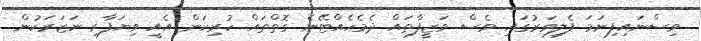
ވިސްނައިފިނަމަ ފެލިވަރުގައި ވެސް ވަޒީފާތައް ދެމެހެއްޓޭނެ ގޮތްތައް ހުރިކަން އެއީ ވިޔަފާރި ނަޒަރަކުން